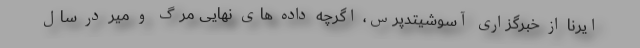
ایرنا از خبرگزاری آسوشیتدپرس، اگرچه داده های نهایی مرگ و میر در سال